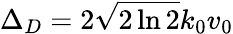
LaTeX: \Delta_{D}=2\sqrt{2\ln 2}k_{0}v_{0}